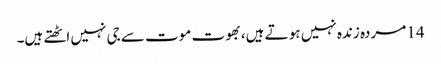
14 مردہ زندہ نہیں ہو تے ہیں، بھوت موت سے جی نہیں اٹھتے ہیں۔